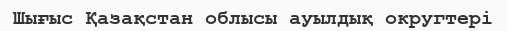
Шығыс Қазақстан облысы ауылдық округтері